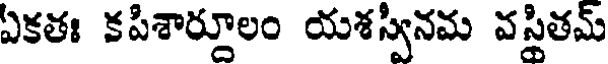
ఏకతః కపిశార్దూలం యశస్వినమ వస్థితమ్